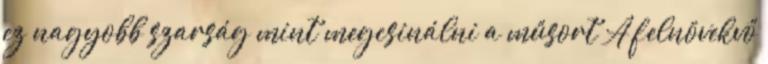
ez nagyobb szarság mint megcsinálni a műsort A felnövekvő